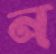
ন